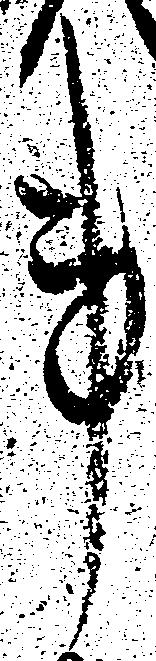
事